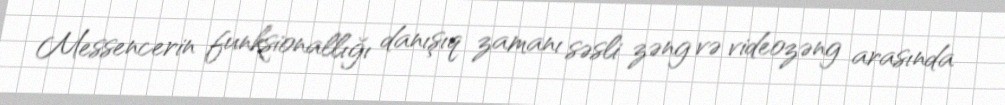
Messencerin funksionallığı danışıq zamanı səsli zəng və videozəng arasında